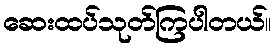
ဆေးထပ်သုတ်ကြပါတယ်။